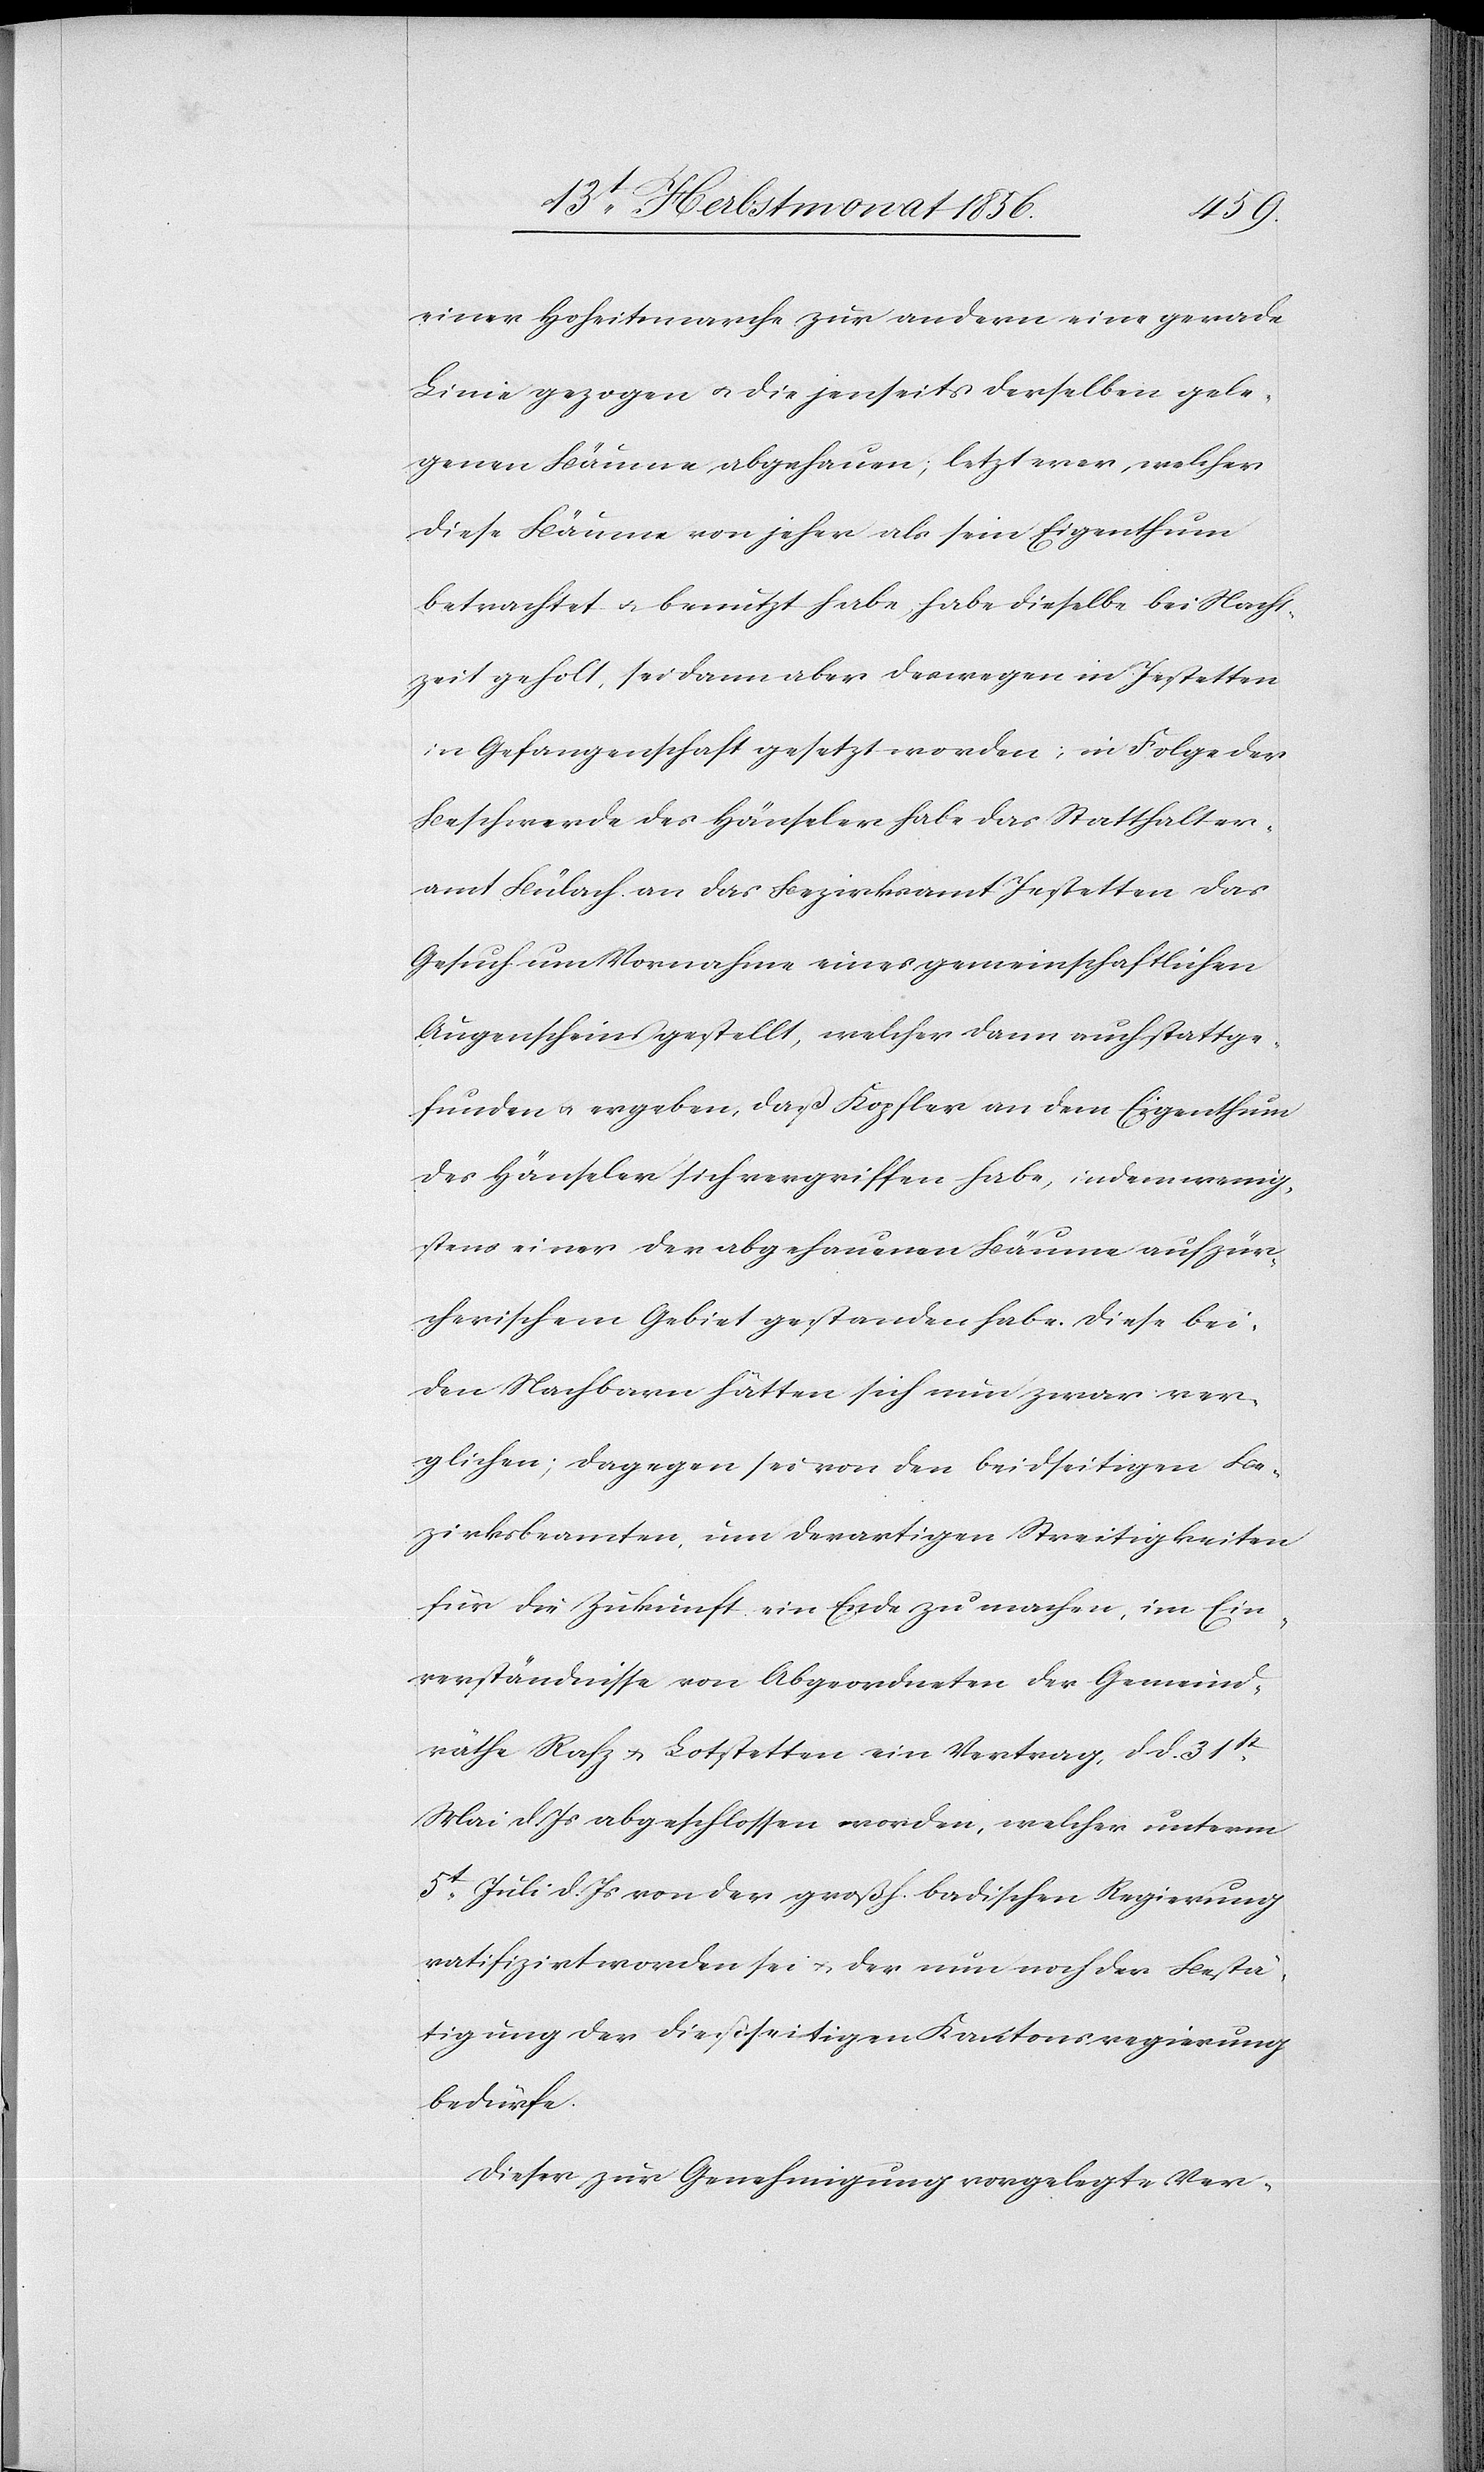
einer Hoheitsmarche zur andern eine gerade
Linie gezogen u. die jenseits derselben gele¬
genen Bäume abgehauen; letzterer, welcher
diese Bäume von jeher als sein Eigenthum
betrachtet u. benutzt habe, habe dieselbe bei Nacht¬
zeit geholt, sei dann aber deswegen in Jestetten
in Gefangenschaft gesetzt worden; in Folge der
Beschwerde des Hänseler habe das Statthalter¬
amt Bülach an das Bezirksamt Jestetten das
Gesuch um Vornahme eines gemeinschaftlichen
Augenscheins gestellt, welcher dann auch stattge¬
funden u. ergeben, daß Kopfler an dem Eigenthum
des Hänseler sich vergriffen habe, indem wenig¬
stens einer der abgehauenen Bäume auf zür¬
cherischem Gebiet gestanden habe. Diese bei¬
den Nachbarn hätten sich nun zwar ver¬
glichen; dagegen sei von den beidseitigen Be¬
zirksbeamteten, um derartigen Streitigkeiten
für die Zukunft ein Ende zu machen, im Ein¬
verständnisse von Abgeordneten der Gemeind¬
räthe Rafz u. Lotstetten ein Vertrag, d d. 31st
Mai d. Js abgeschlossen worden, welcher unterm
5t Juli d. Js von der großh. badischen Regierung
ratifizirt worden sei u. der nun noch der Bestä¬
tigung der dießseitigen Kantonsregierung
bedürfe.
Dieser zur Genehmigung vorgelegte Ver-